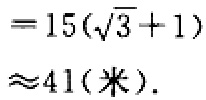
\[

= 15(\sqrt{3}+1) \approx 41(米).

\]